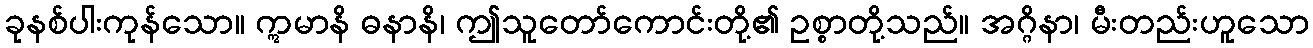
ခုနစ်ပါးကုန်သော။ ဣမာနိ ဓနာနိ၊ ဤသူတော်ကောင်းတို့၏ ဥစ္စာတို့သည်။ အဂ္ဂိနာ၊ မီးတည်းဟူသော